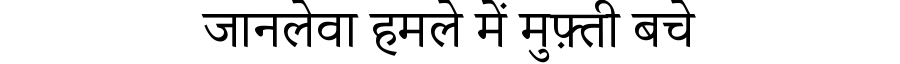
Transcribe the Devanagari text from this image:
जानलेवा हमले में मुफ़्ती बचे